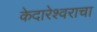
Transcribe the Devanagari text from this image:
केदारेश्वराचा